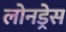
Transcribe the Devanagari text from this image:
लोनड्रेस